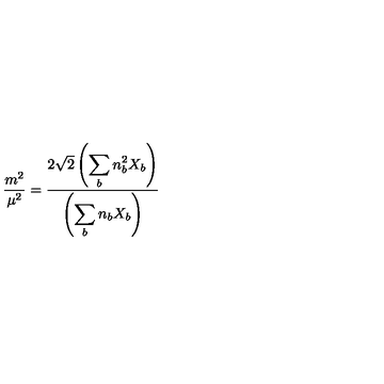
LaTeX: \frac { m ^ { 2 } } { \mu ^ { 2 } } = \frac { 2 \sqrt { 2 } \left( \displaystyle \sum _ { b } n _ { b } ^ { 2 } X _ { b } \right) } { \left( \displaystyle \sum _ { b } n _ { b } X _ { b } \right) }